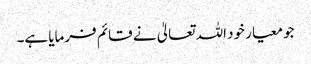
جو معیار خود اللہ تعالیٰ نے قائم فرمایا ہے۔